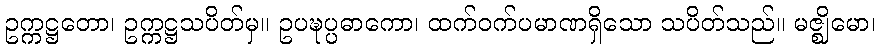
ဥက္ကဋ္ဌတော၊ ဥက္ကဋ္ဌသပိတ်မှ။ ဥပဍ္ဎပ္ပဓာကော၊ ထက်ဝက်ပမာဏရှိသော သပိတ်သည်။ မဇ္ဈိမော၊